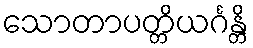
သောတာပတ္တိယင်္ဂန္တိ